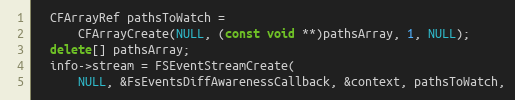
Language: C++
  CFArrayRef pathsToWatch =
      CFArrayCreate(NULL, (const void **)pathsArray, 1, NULL);
  delete[] pathsArray;
  info->stream = FSEventStreamCreate(
      NULL, &FsEventsDiffAwarenessCallback, &context, pathsToWatch,